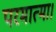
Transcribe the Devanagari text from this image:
परमात्मा।